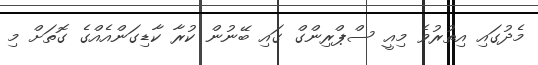
މެދުގައި އިތުރުވެ މިއީ ސްޕްރިންގް ގައި ބޭނުން ކުރާ ކާޑިގަންއެއްގެ ގޮތަށް މި